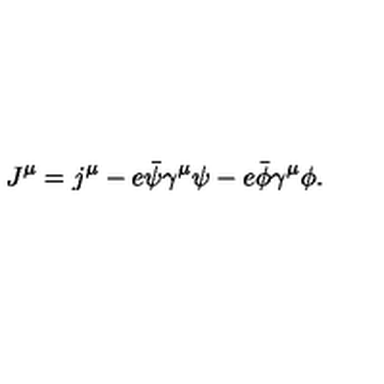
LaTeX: J ^ { \mu } = j ^ { \mu } - e { \bar { \psi } } \gamma ^ { \mu } \psi - e { \bar { \phi } } \gamma ^ { \mu } \phi .